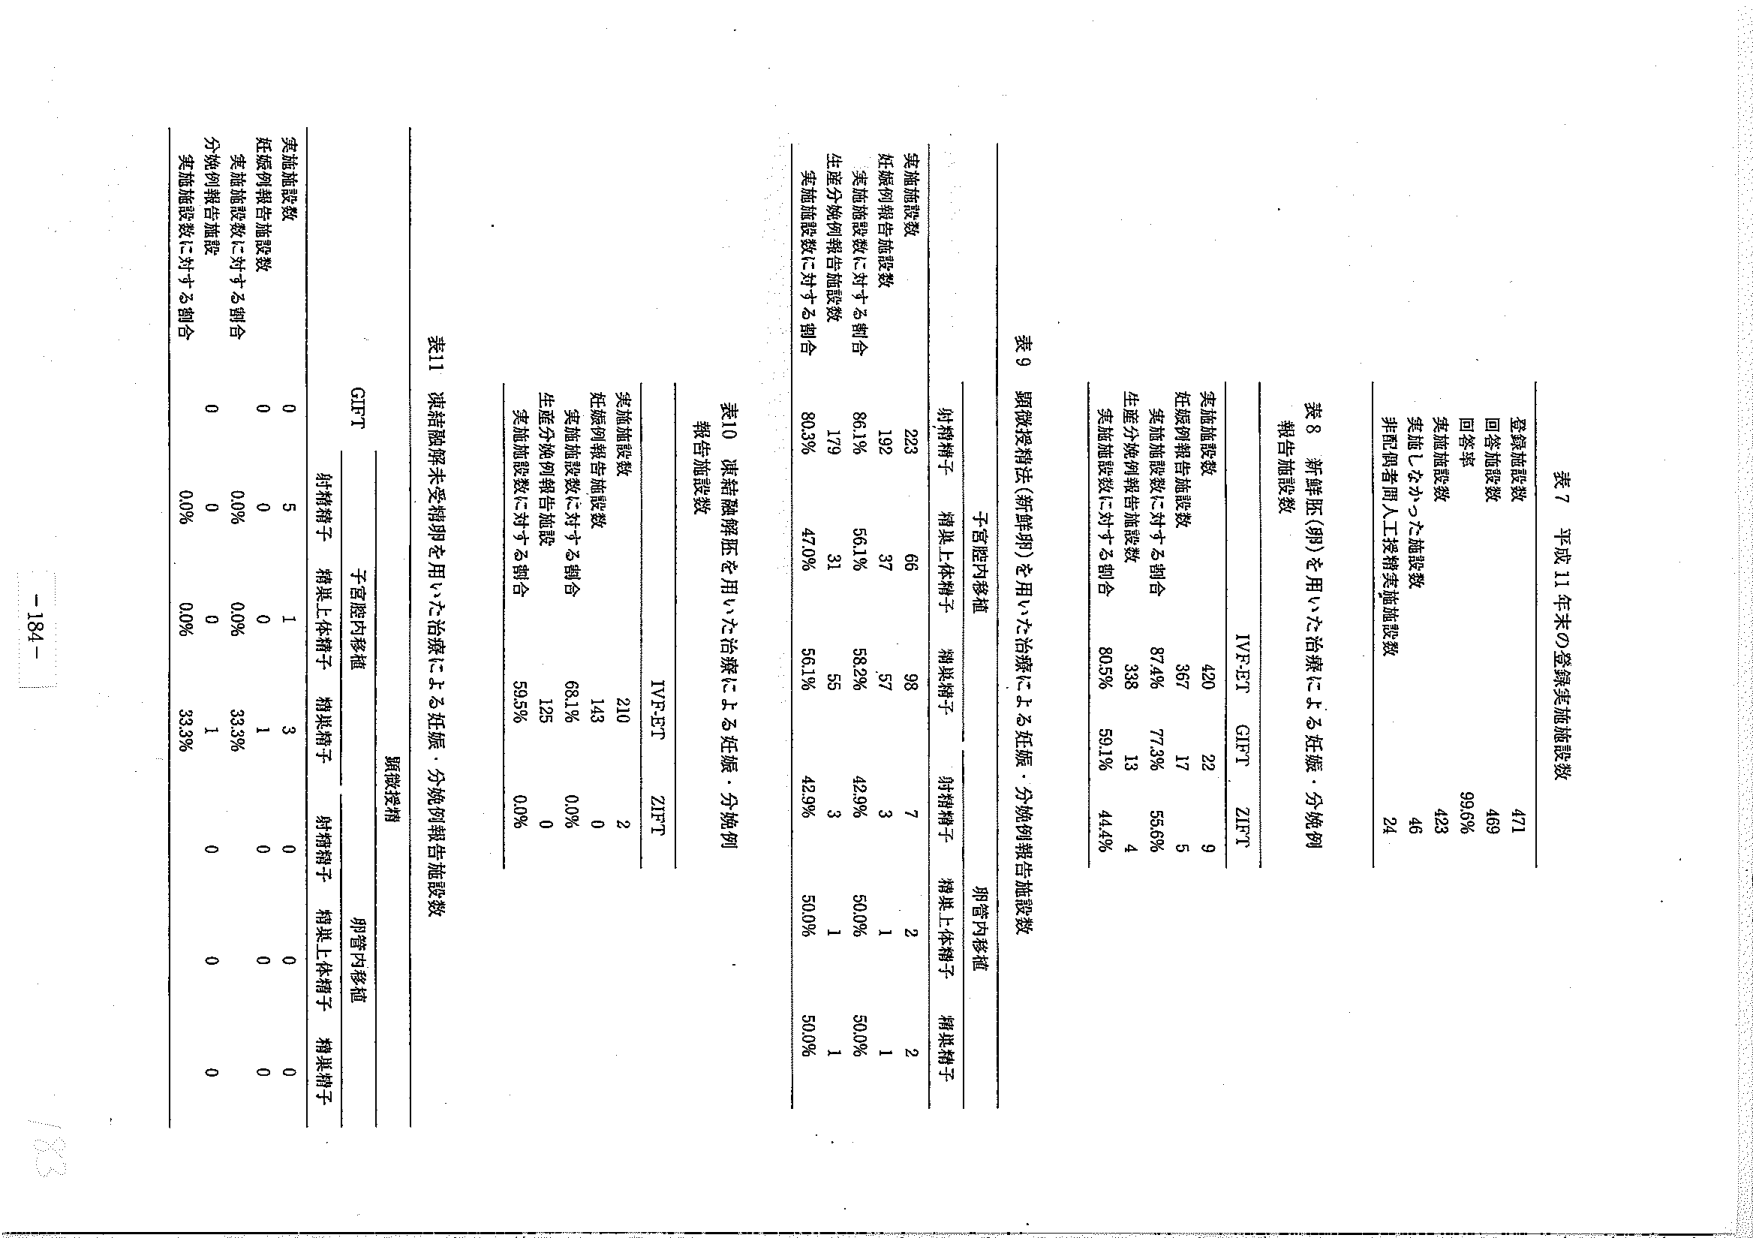
表7 平成11年末の登録実施施設数
登録施設数 471
回答施設数 469
回答率 99.6%
実施施設数 423
実施しなかった施設数 46
非配偶者間人工授精実施施設数 24

表8 新鮮胚(卵)を用いた治療による妊娠・分娩例報告施設数
IVF-ET GIFT ZIFT
実施施設数 420 22 9
妊娠例報告施設数 367 17 5
実施施設数に対する割合 87.4% 77.3% 55.6%
生産分娩例報告施設数 338 13 4
実施施設数に対する割合 80.5% 59.1% 44.4%

表9 顕微授精法(新鮮胚)を用いた治療による妊娠・分娩例報告施設数
子宮腔内移植 卵管内移植
射精精子 精巣上体精子 精巣精子 射精精子 精巣上体精子 精巣精子
実施施設数 223 66 98 7 2 2
妊娠例報告施設数 192 37 57 3 1 1
実施施設数に対する割合 86.1% 56.1% 58.2% 42.9% 50.0% 50.0%
生産分娩例報告施設数 179 31 55 3 1 1
実施施設数に対する割合 80.3% 47.0% 56.1% 42.9% 50.0% 50.0%

表10 混合融解胚を用いた治療による妊娠・分娩例報告施設数
IVF-ET ZIFT
実施施設数 210 2
妊娠例報告施設数 143 0
実施施設数に対する割合 68.1% 0.0%
生産分娩例報告施設数 125 0
実施施設数に対する割合 59.5% 0.0%

表11 混合融解未受精卵を用いた治療による妊娠・分娩例報告施設数
顕微授精
GIFT 子宮腔内移植 卵管内移植
射精精子 精巣上体精子 精巣精子 射精精子 精巣上体精子 精巣精子
実施施設数 0 5 1 3 0 0
妊娠例報告施設数 0 0 0 1 0 0
実施施設数に対する割合 0.0% 0.0% 0.0% 33.3% 0 0
分娩例報告施設数 0 0 0 1 0 0
実施施設数に対する割合 0.0% 0.0% 0.0% 33.3% 0 0

-184-